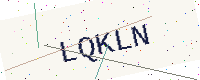
Text: LQKLN